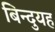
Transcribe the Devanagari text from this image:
बिन्दुयह